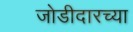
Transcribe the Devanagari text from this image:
जोडीदारच्या